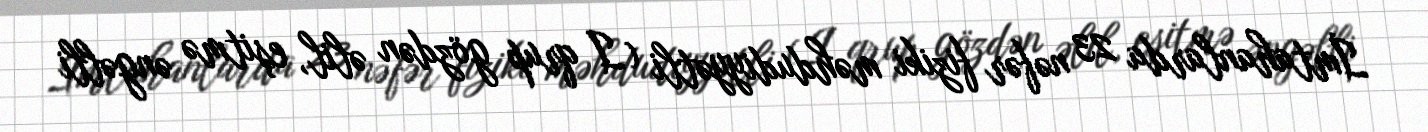
İmtahanlarda 23 nəfər fiziki məhdudiyyətli (I qrup gözdən əlil, eşitmə əngəlli